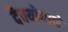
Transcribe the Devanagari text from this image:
दैवयोगाने